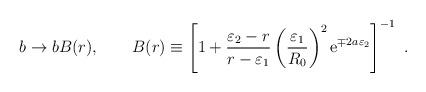
LaTeX: \begin{align*}b \rightarrow b B(r), \qquad B(r)\equiv \left[1+{\varepsilon_2-r \over r-\varepsilon_1}\left({\varepsilon_1 \over R_0}\right)^2 {\rm e}^{\mp 2a \varepsilon_2}\right]^{-1} ~.\end{align*}